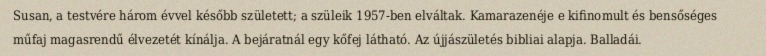
Susan, a testvére három évvel később született; a szüleik 1957-ben elváltak. Kamarazenéje e kifinomult és bensőséges műfaj magasrendű élvezetét kínálja. A bejáratnál egy kőfej látható. Az újjászületés bibliai alapja. Balladái.